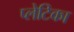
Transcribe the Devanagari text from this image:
प्लेटिका